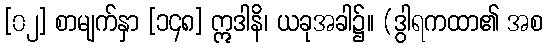
[၀၂] စာမျက်နှာ [၁၄၈] ဣဒါနိ၊ ယခုအခါ၌။ (ဒွါရကထာ၏ အစ